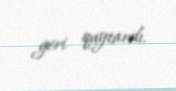
geri qaytardı.